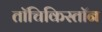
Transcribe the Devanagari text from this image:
तॉचिकिस्तॉन